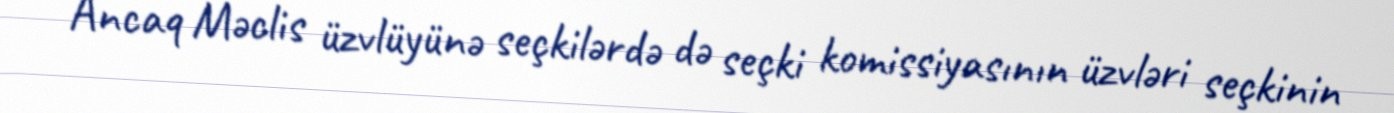
Ancaq Məclis üzvlüyünə seçkilərdə də seçki komissiyasının üzvləri seçkinin